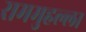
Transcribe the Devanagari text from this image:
राममुहल्ला